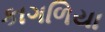
કાગળિયા